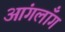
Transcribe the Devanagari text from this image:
आंगलॉँग